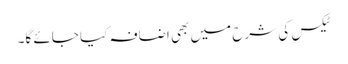
ٹیکس کی شرح میں بھی اضافہ کیا جائے گا۔